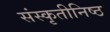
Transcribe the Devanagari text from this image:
संस्कृतीनिष्ठ